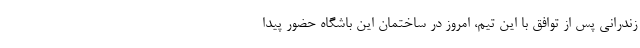
زندرانی پس از توافق با این تیم، امروز در ساختمان این باشگاه حضور پیدا